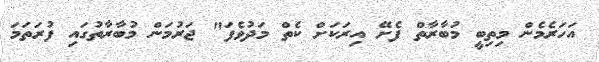
އަހަރެމެން މިތިބީ މުބާރާތް ފެށޭ އިރަކަށް ކެތް މަދުވެފަ" ޖަރުމަން މުބާރާތުގައި ފުރަތަމަ